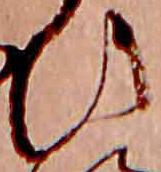
ひ